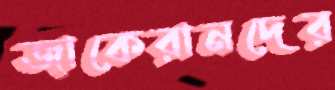
জাকেরানদের